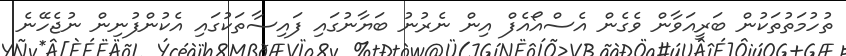
ތުހުމަތުތަކުން ބަރީއަވާން ވެގެން އެސްއޯއެފް އިން ނެރުނު ބަޔާނުގައި ފައިސާތަކުގައި އެކުންފުނިން ނުޖެހޭނެ